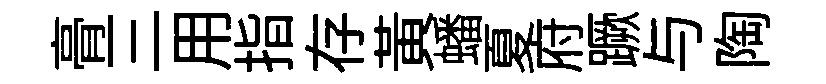
𮌔三用指存黄蟠夏府蹶与陶